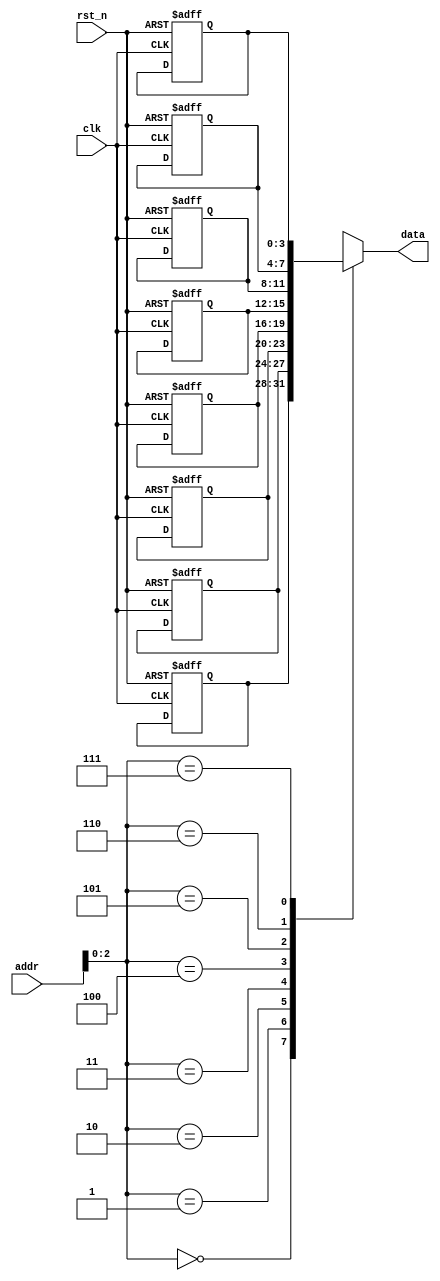
// ======================================================================
// Affiliation:			Tsinghua Univ
// Module Name:			rom
// Description:			simple rom
// Additional Comments:	VL23 on nowcoder
// ======================================================================

`timescale 1ns/1ns

module rom (
	input	wire				rst_n,
	input	wire				clk,
	input	wire	[7: 0]		addr,
	output	wire	[3: 0]		data
);

reg		[3: 0]		rom_data	[7: 0];

assign	data  =  rom_data[addr];

always @(posedge clk or negedge rst_n) begin
	if (~rst_n) begin
		rom_data[0] <= 4'd0;
		rom_data[1] <= 4'd2;
		rom_data[2] <= 4'd4;
		rom_data[3] <= 4'd6;
		rom_data[4] <= 4'd8;
		rom_data[5] <= 4'd10;
		rom_data[6] <= 4'd12;
		rom_data[7] <= 4'd14;
	end
end

endmodule